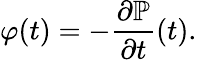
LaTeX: \varphi(t)=-\frac{\partial\mathbb{P}}{\partial t}(t).